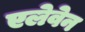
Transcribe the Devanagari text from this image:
एलेवेन